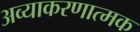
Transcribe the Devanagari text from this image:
अव्याकरणात्मक